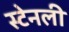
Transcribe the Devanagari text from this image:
स्‍टेनली